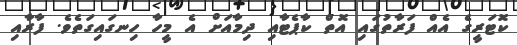
ކޮޓަރީގެ އެއް ފަރާތުގައި އޮތް ކާޕެޓާއި ދިމާއަށް އެ މީހާ ހިނގައިގަތެވެ. ފާރާއި